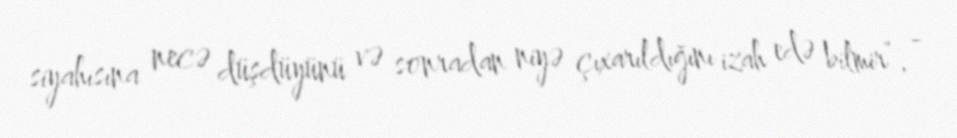
siyahısına necə düşdüyünü və sonradan niyə çıxarıldığını izah edə bilmir”, -